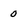
Character: 0